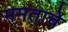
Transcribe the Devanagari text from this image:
ममताचे